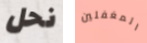
نحل المغفلين